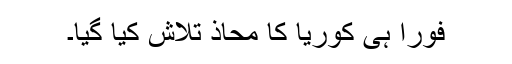
فوراً ہی کوریا کا محاذ تلاش کیا گیا۔